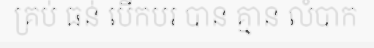
គ្រប់ ធន់ បើកបរ បាន គ្មាន លំបាក